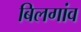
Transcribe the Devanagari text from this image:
बिलगांव